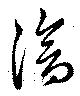
滄